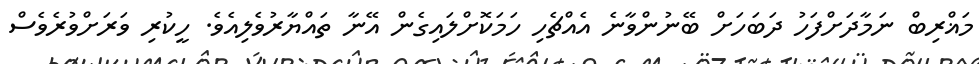
މަޣްރިބް ނަމާދަށްފަހު ދަބަހަށް ބޭނުންވާނެ އެއްޗެހި ހަމަކޮށްލައިގެން އޭނާ ތައްޔާރުވެލިއެވެ. ހީކުރި ވަރަށްވުރެވެސް